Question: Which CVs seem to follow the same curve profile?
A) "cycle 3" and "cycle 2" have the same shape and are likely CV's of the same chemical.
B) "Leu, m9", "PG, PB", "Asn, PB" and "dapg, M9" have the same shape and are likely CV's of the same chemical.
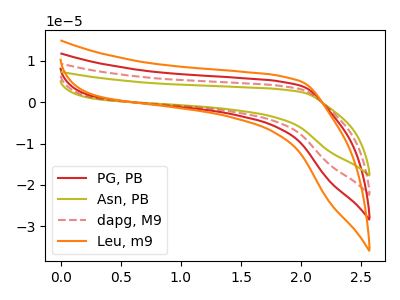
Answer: <think>The red curve "PG, PB" has no peaks. The olive curve "Asn, PB" has no peaks. The red dashed curve "dapg, M9" has no peaks. The orange curve "Leu, m9" has no peaks.
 Neither "PG, PB" or "Asn, PB" have any peaks. Neither "PG, PB" or "dapg, M9" have any peaks. Neither "PG, PB" or "Leu, m9" have any peaks. Neither "Asn, PB" or "dapg, M9" have any peaks. Neither "Asn, PB" or "Leu, m9" have any peaks. Neither "dapg, M9" or "Leu, m9" have any peaks.</think>
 <answer>B) "Leu, m9", "PG, PB", "Asn, PB" and "dapg, M9" have the same shape and are likely CV's of the same chemical.</answer>
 <eval>B</eval>